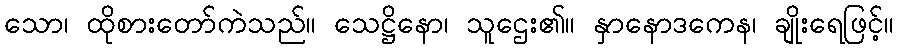
သော၊ ထိုစားတော်ကဲသည်။ သေဋ္ဌိနော၊ သူဌေး၏။ နှာနောဒကေန၊ ချိုးရေဖြင့်။